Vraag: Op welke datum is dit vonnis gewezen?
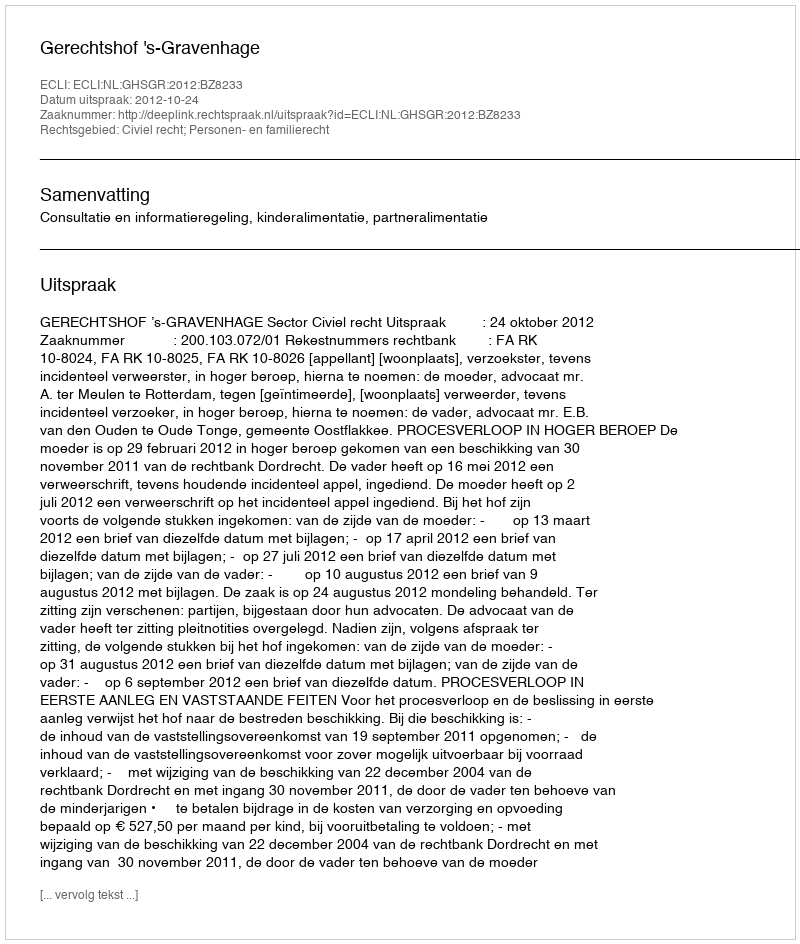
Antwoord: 2012-10-24